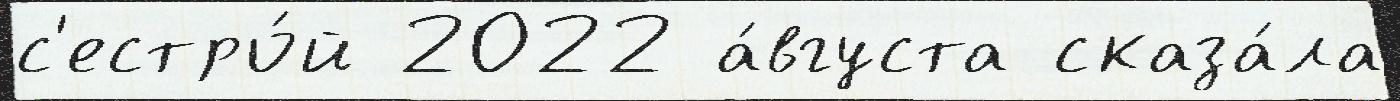
с'естро́й 2022 а́вгуста сказа́ла